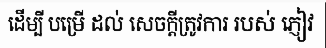
ដើម្បី បម្រើ ដល់ សេចក្តីត្រូវការ របស់ ភ្ញៀវ